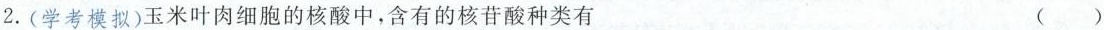
2.(学考模拟)玉米叶肉细胞的核酸中，含有的核苷酸种类有（）